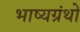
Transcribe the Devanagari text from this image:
भाष्यग्रंथों